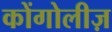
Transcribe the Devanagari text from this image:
कोंगोलीज़